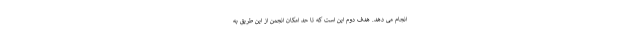
انجام می دهد. هدف دوم این است که تا حد امکان انجمن از این طریق به